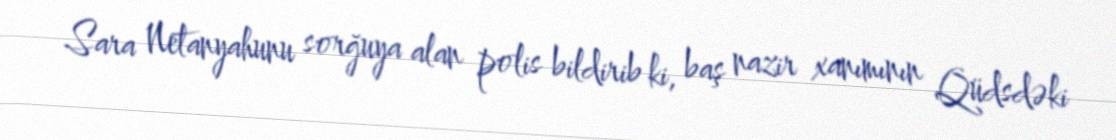
Sara Netanyahunu sorğuya alan polis bildirib ki, baş nazir xanımının Qüdsdəki